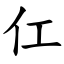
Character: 仜